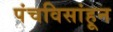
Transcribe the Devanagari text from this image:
पंचविसांहून